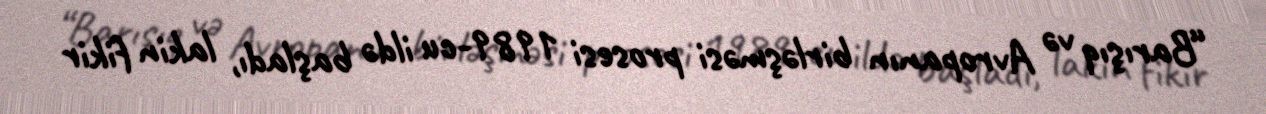
“Barışıq və Avropanın birləşməsi prosesi 1989-cu ildə başladı, lakin fikir